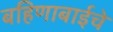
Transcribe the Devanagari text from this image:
बहिणाबाईचे